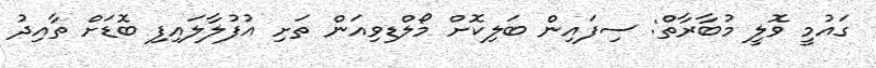
ގައުމީ ވޮލީ މުބާރާތް: ސިފައިން ބަލިކޮށް މޯލްޑިވިއަން ތަށި އުފުލާލައިފި ބޮޑަށް ތާއިދު